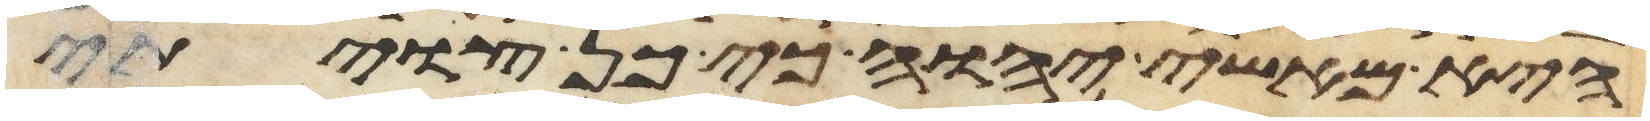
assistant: היא מאשי יהוה כי כן צויתי